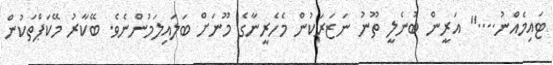
ޓައިމެއްނު...." އަރީން ބުނެލީ ތޫނު ނަޒަރަކުން މެހެރީނާގެ މޫނަށް ބަލައިލަމުންނެވެ. ބޭކާރު މޭކަޕްތަކުން